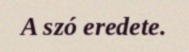
A szó eredete.